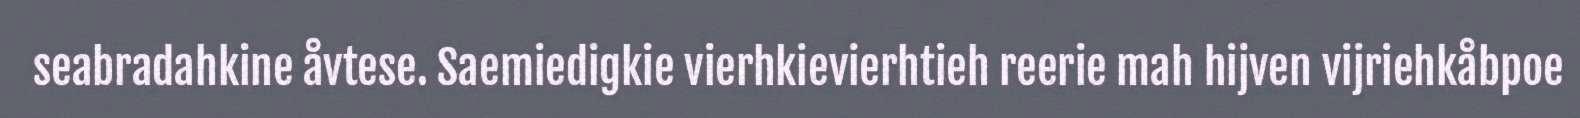
seabradahkine åvtese. Saemiedigkie vierhkievierhtieh reerie mah hijven vijriehkåbpoe